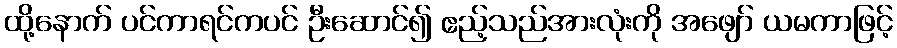
ထို့နောက် ပင်ကာရင်ကပင် ဦးဆောင်၍ ဧည့်သည်အားလုံးကို အဖျော် ယမကာဖြင့်